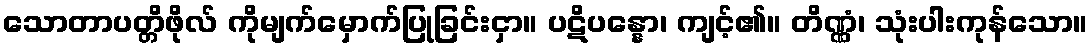
သောတာပတ္တိဖိုလ် ကိုမျက်မှောက်ပြုခြင်းငှာ။ ပဋိပန္နော၊ ကျင့်၏။ တိဏ္ဏံ၊ သုံးပါးကုန်သော။